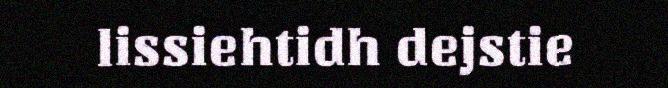
lissiehtidh dejstie